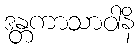
ဒန္တကာသာဝါနိ